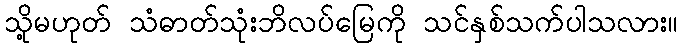
သို့မဟုတ် သံဓာတ်သုံးဘိလပ်မြေကို သင်နှစ်သက်ပါသလား။